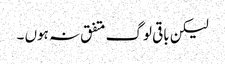
لیکن باقی لوگ متفق نہ ہوں ۔